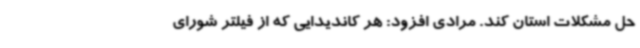
حل مشکلات استان کند. مرادی افزود: هر کاندیدایی که از فیلتر شورای